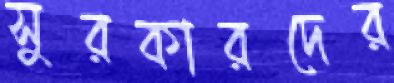
সুরকারদের